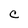
Character: c